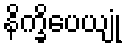
နိက္ခိပေယျုံ